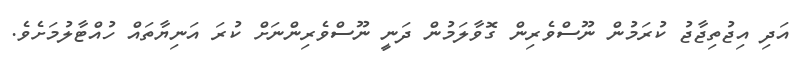
އަދި އިޖުތިޖާޖު ކުރަމުން ނޫސްވެރިން ގޮވާލަމުން ދަނީ ނޫސްވެރިންނަށް ކުރަ އަނިޔާތައް ހުއްޓާލުމަށެވެ.